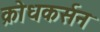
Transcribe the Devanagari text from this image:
क्रोधकर्सन